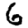
Digit: 6